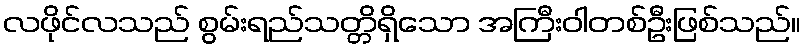
လဖိုင်လသည် စွမ်းရည်သတ္တိရှိသော အကြီးဝါတစ်ဦးဖြစ်သည်။